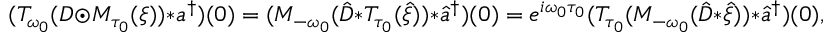
( T _ { \omega _ { 0 } } ( D \odot M _ { \tau _ { 0 } } ( \xi ) ) * a ^ { \dag } ) ( 0 ) = ( M _ { - \omega _ { 0 } } ( \hat { D } * T _ { \tau _ { 0 } } ( \hat { \xi } ) ) * \hat { a } ^ { \dag } ) ( 0 ) = e ^ { i \omega _ { 0 } \tau _ { 0 } } ( T _ { \tau _ { 0 } } ( M _ { - \omega _ { 0 } } ( \hat { D } * \hat { \xi } ) ) * \hat { a } ^ { \dag } ) ( 0 ) ,